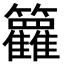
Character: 𬖈